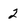
Character: 2